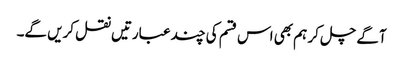
آگے چل کر ہم بھی اس قسم کی چند عبارتیں نقل کریں گے۔